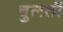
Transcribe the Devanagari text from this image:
चुलती